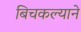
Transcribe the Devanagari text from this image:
बिचकल्याने